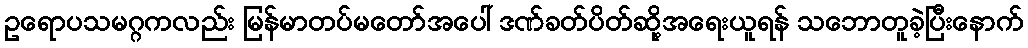
ဥရောပသမဂ္ဂကလည်း မြန်မာတပ်မတော်အပေါ် ဒဏ်ခတ်ပိတ်ဆို့အရေးယူရန် သဘောတူခဲ့ပြီးနောက်